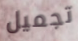
تجميل